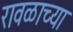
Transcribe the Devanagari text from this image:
रावळाच्या